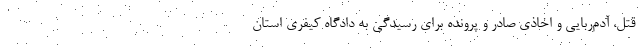
قتل، آدم‌ربایی و اخاذی صادر و پرونده برای رسیدگی به دادگاه کیفری استان